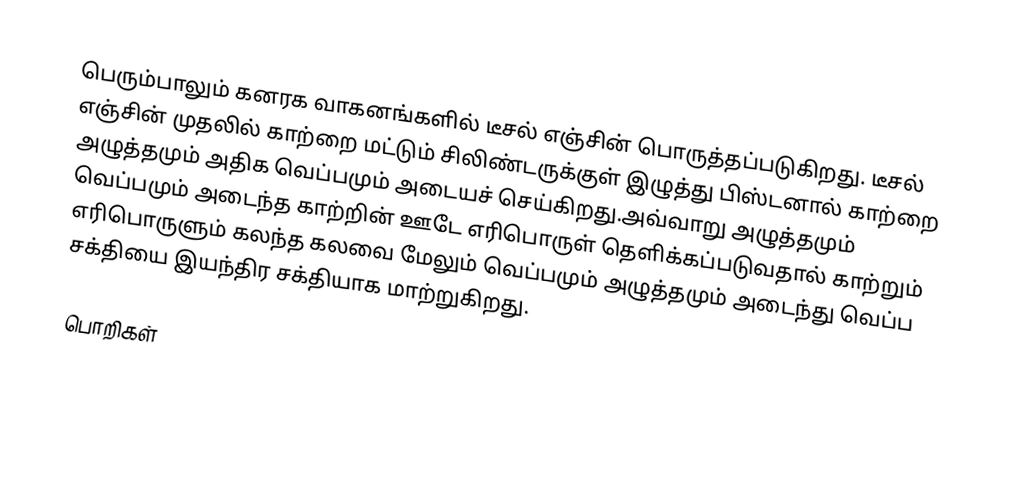
பெரும்பாலும் கனரக வாகனங்களில் டீசல் எஞ்சின் பொருத்தப்படுகிறது. டீசல் எஞ்சின் முதலில் காற்றை மட்டும் சிலிண்டருக்குள் இழுத்து பிஸ்டனால் காற்றை அழுத்தமும் அதிக வெப்பமும் அடையச் செய்கிறது.அவ்வாறு அழுத்தமும் வெப்பமும் அடைந்த காற்றின் ஊடே எரிபொருள் தெளிக்கப்படுவதால் காற்றும் எரிபொருளும் கலந்த கலவை மேலும் வெப்பமும் அழுத்தமும் அடைந்து வெப்ப சக்தியை இயந்திர சக்தியாக மாற்றுகிறது.

பொறிகள்